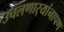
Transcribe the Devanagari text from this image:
उचलणार्‍यांनापण